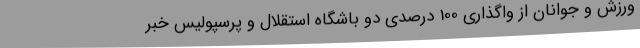
ورزش و جوانان از واگذاری 100 درصدی دو باشگاه استقلال و پرسپولیس خبر